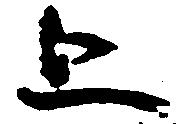
上